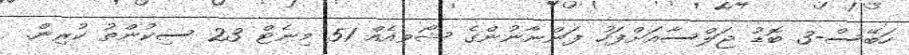
ހަބޭސް-3 ބޮޑު ޖަލްސާއަށްފަހު ފަންނާނުންގެ ޝޯވއެއް 51 މިނެޓް 23 ސިކުންތު ކުރިން.